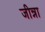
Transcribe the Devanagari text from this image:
जीन्ना